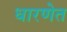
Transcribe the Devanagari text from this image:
धारणेत